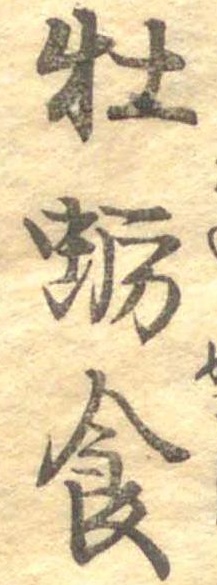
牡蛎食